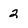
Character: 2